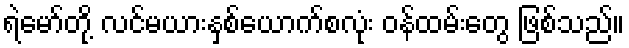
ရဲမော်တို့ လင်မယားနှစ်ယောက်စလုံး ဝန်ထမ်းတွေ ဖြစ်သည်။